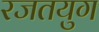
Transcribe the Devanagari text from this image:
रजतयुग